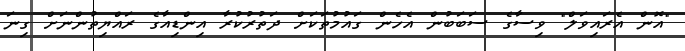
"އޮން އެރައިވަލް" ވިސާގެ ސަބަބުން އެހެން ގައުމުތަކަށް ދަތުރުކުރާ އިންޑިއާގެ ރައްޔިތުންނަށް ގިނަ